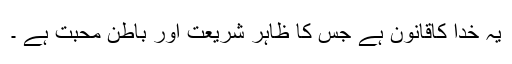
یہ خُدا کاقانون ہے جس کا ظاہر شریعت اور باطن محبّت ہے ۔